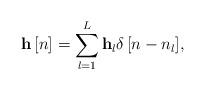
LaTeX: \begin{align*} {\bf{h}}\left[ n \right] = \sum\limits_{l = 1}^L {{\bf{h}}_l\delta \left[ {n - {n_l}} \right]}, \end{align*}